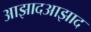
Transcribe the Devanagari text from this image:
आझादआझाद